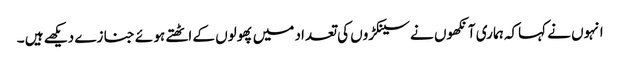
انہوں نے کہاکہ ہما ری آنکھوں نے سینکڑوں کی تعداد میں پھولوں کے اٹھتے ہو ئے جنا زے دیکھے ہیں ۔